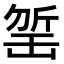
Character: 𣂬